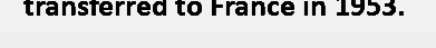
transferred to France in 1953.